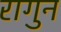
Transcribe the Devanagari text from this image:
रागुन